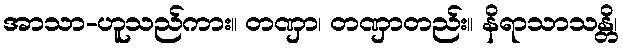
အာသာ-ဟူသည်ကား။ တဏှာ၊ တဏှာတည်း။ နိရာသာသန္တိ၊